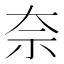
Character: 奈